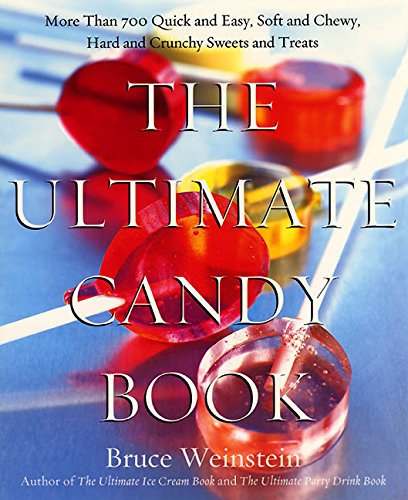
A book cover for The Ultimate Candy Book: More than 700 Quick and Easy, Soft and Chewy, Hard and Crunchy Sweets and Treats; Bruce Weinstein; Cookbooks, Food & Wine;